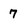
Character: 7